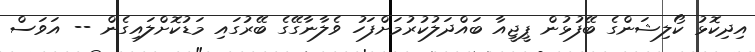
އިދިކޮޅު ކޯލިޝަންގެ ބޭފުޅުން ޕީޖީއާ ބައްދަލުކުރުމަށްފަހު ވެލާނާގޭގެ ބޭރުގައި މަޑުކޮށްލައިގެން -- އަވަސް